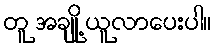
တူ အချို့ ယူလာပေးပါ။